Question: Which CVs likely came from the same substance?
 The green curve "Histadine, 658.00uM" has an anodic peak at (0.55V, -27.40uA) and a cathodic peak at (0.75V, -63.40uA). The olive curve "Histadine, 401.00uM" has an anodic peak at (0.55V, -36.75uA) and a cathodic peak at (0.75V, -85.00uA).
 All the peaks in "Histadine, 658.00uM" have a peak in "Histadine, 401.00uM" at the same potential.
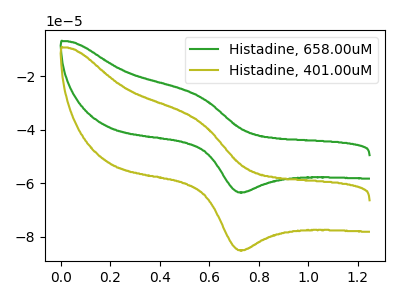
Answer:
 <answer>"Histadine, 401.00uM" and "Histadine, 658.00uM" have the same shape and are likely CV's of the same chemical.</answer>
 <eval>"Histadine, 401.00uM" "Histadine, 658.00uM"</eval>